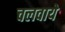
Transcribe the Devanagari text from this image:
चलवाये